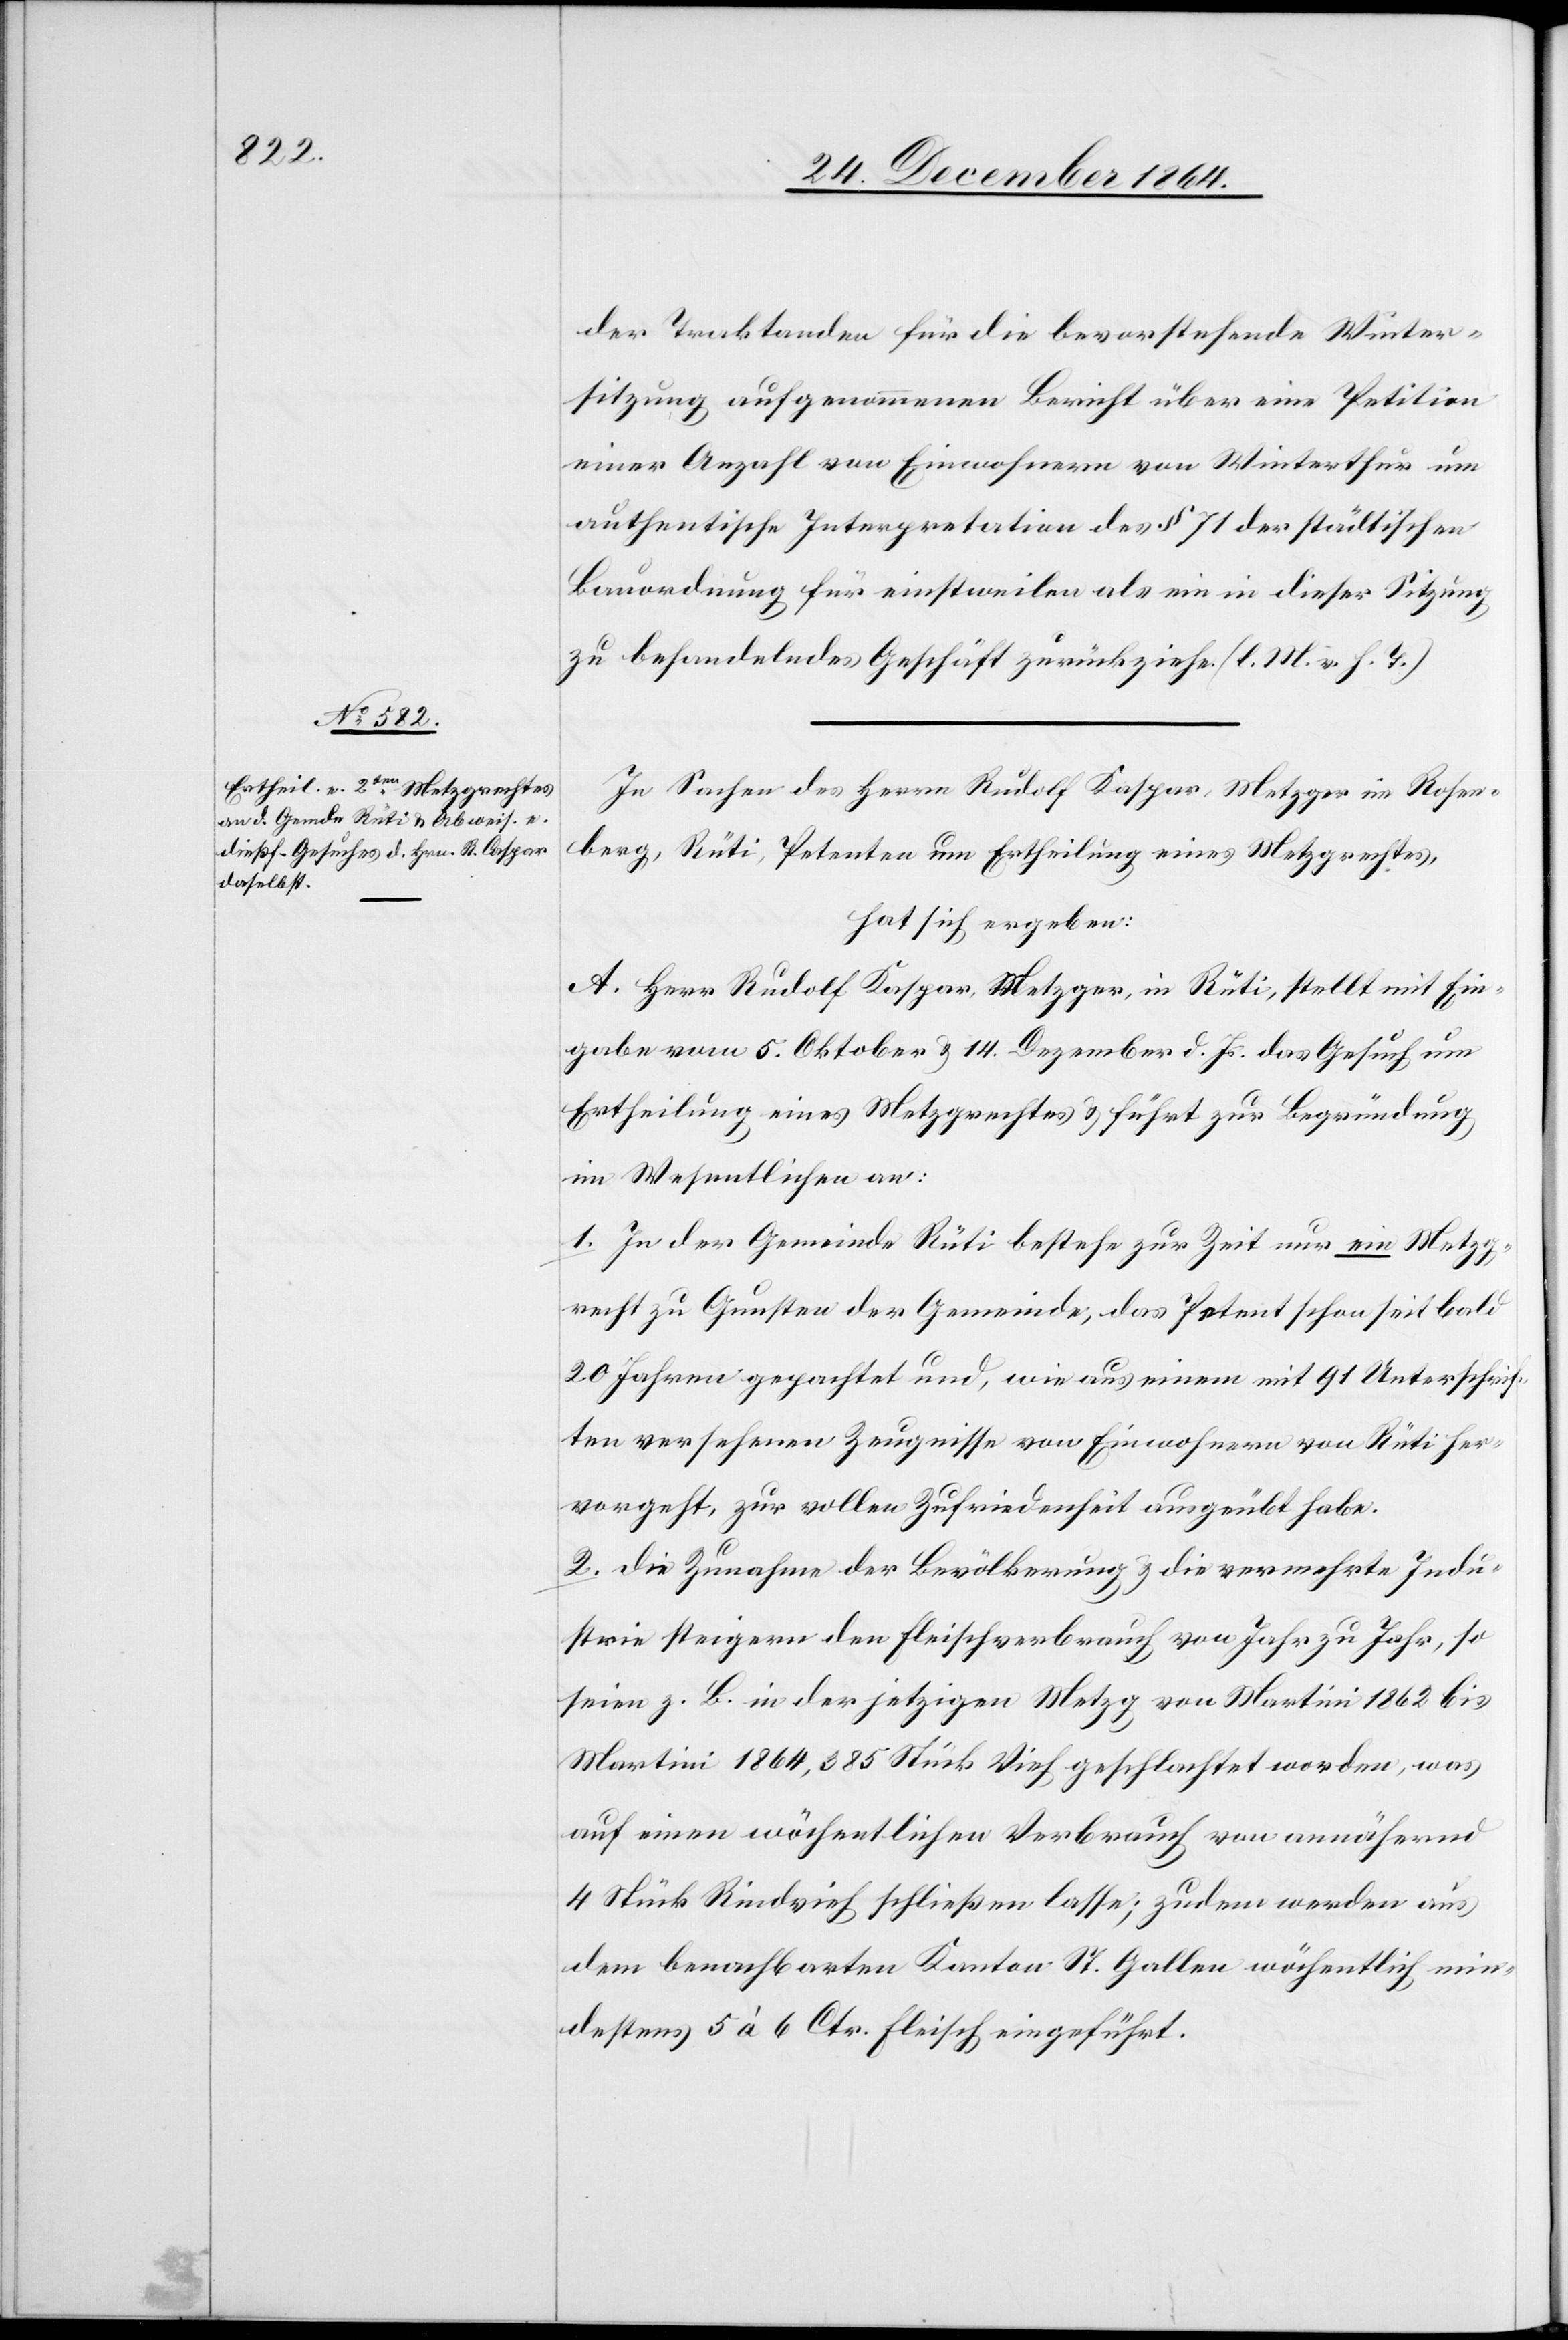
der Traktanden für die bevorstehende Winter¬
sitzung aufgenommenen Bericht über eine Petition
einer Anzahl von Einwohnern von Winterthur um
authentische Interpretation des § 71 der städtischen
Bauordnung für einstweilen als ein in dieser Sitzung
zu behandelndes Geschäft zurückziehe. (l. M. v. h. T.)
In Sachen des Herrn Rudolf Kaspar [sic!], Metzger im Rosen¬
berg, Rüti, Petenten um Ertheilung eines Metzgrechtes,
hat sich ergeben:
A. Herr Rudolf Kaspar, Metzger, in Rüti, stellt mit Ein¬
gabe vom 5. Oktober & 14. Dezember d. Js. das Gesuch um
Ertheilung eines Metzgrechtes & führt zur Begründung
im Wesentlichen an:
1. In der Gemeinde Rüti bestehe zur Zeit nur ein Metzg¬
recht zu Gunsten der Gemeinde, das Petent schon seit bald
20 Jahren gepachtet und, wie aus einem mit 91 Unterschrif¬
ten versehenen Zeugnisse von Einwohnern von Rüti her¬
vorgeht, zur vollen Zufriedenheit ausgeübt habe.
2. Die Zunahme der Bevölkerung & die vermehrte Indu¬
strie steigere den Fleischverbrach von Jahr zu Jahr, so
seien z. B. in der jetzigen Metzg von Martini 1863 bis
Martini 1864, 385 Stück Vieh geschlachtet worden, was
auf einen wöchentlichen Verbrach von annähernd
4 Stück Rindvieh schließen lasse; zudem werden aus
dem benachbarten Kanton St. Gallen wöchentlich min¬
destens 5 à 6 Ctr. Fleisch eingeführt.